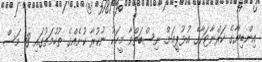
އިންޑިޔާގެ ކަރްނާޓަކާގެ އުޅުޕީއަށް ނިސްބަތްވާ މީހަކު ނުކުރާ ކުށެއްގެ ތުހުމަތުގައި 18 މަސް